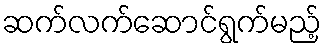
ဆက်လက်ဆောင်ရွက်မည့်